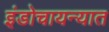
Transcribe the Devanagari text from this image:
इंडोचायन्यात